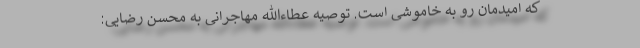
که امیدمان رو به خاموشی است. توصیه عطاءالله مهاجرانی به محسن رضایی: